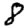
Digit: 8